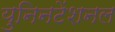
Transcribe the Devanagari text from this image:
युनिनटेंशनल